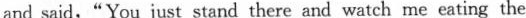
and said,"You just stand there and watch me eating the